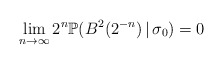
\begin{align*}\lim_{n\to\infty}2^{n}\mathbb{P}(B^2(2^{-n})\,|\,\sigma_{0})=0\end{align*}